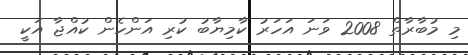
މި މުބާރާތް 2008 ވަނަ އަހަރު ކާމިޔާބު ކުރި އަންހެން ކުއްޖާ އަކީ